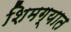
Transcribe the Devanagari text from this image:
शिमग्यात